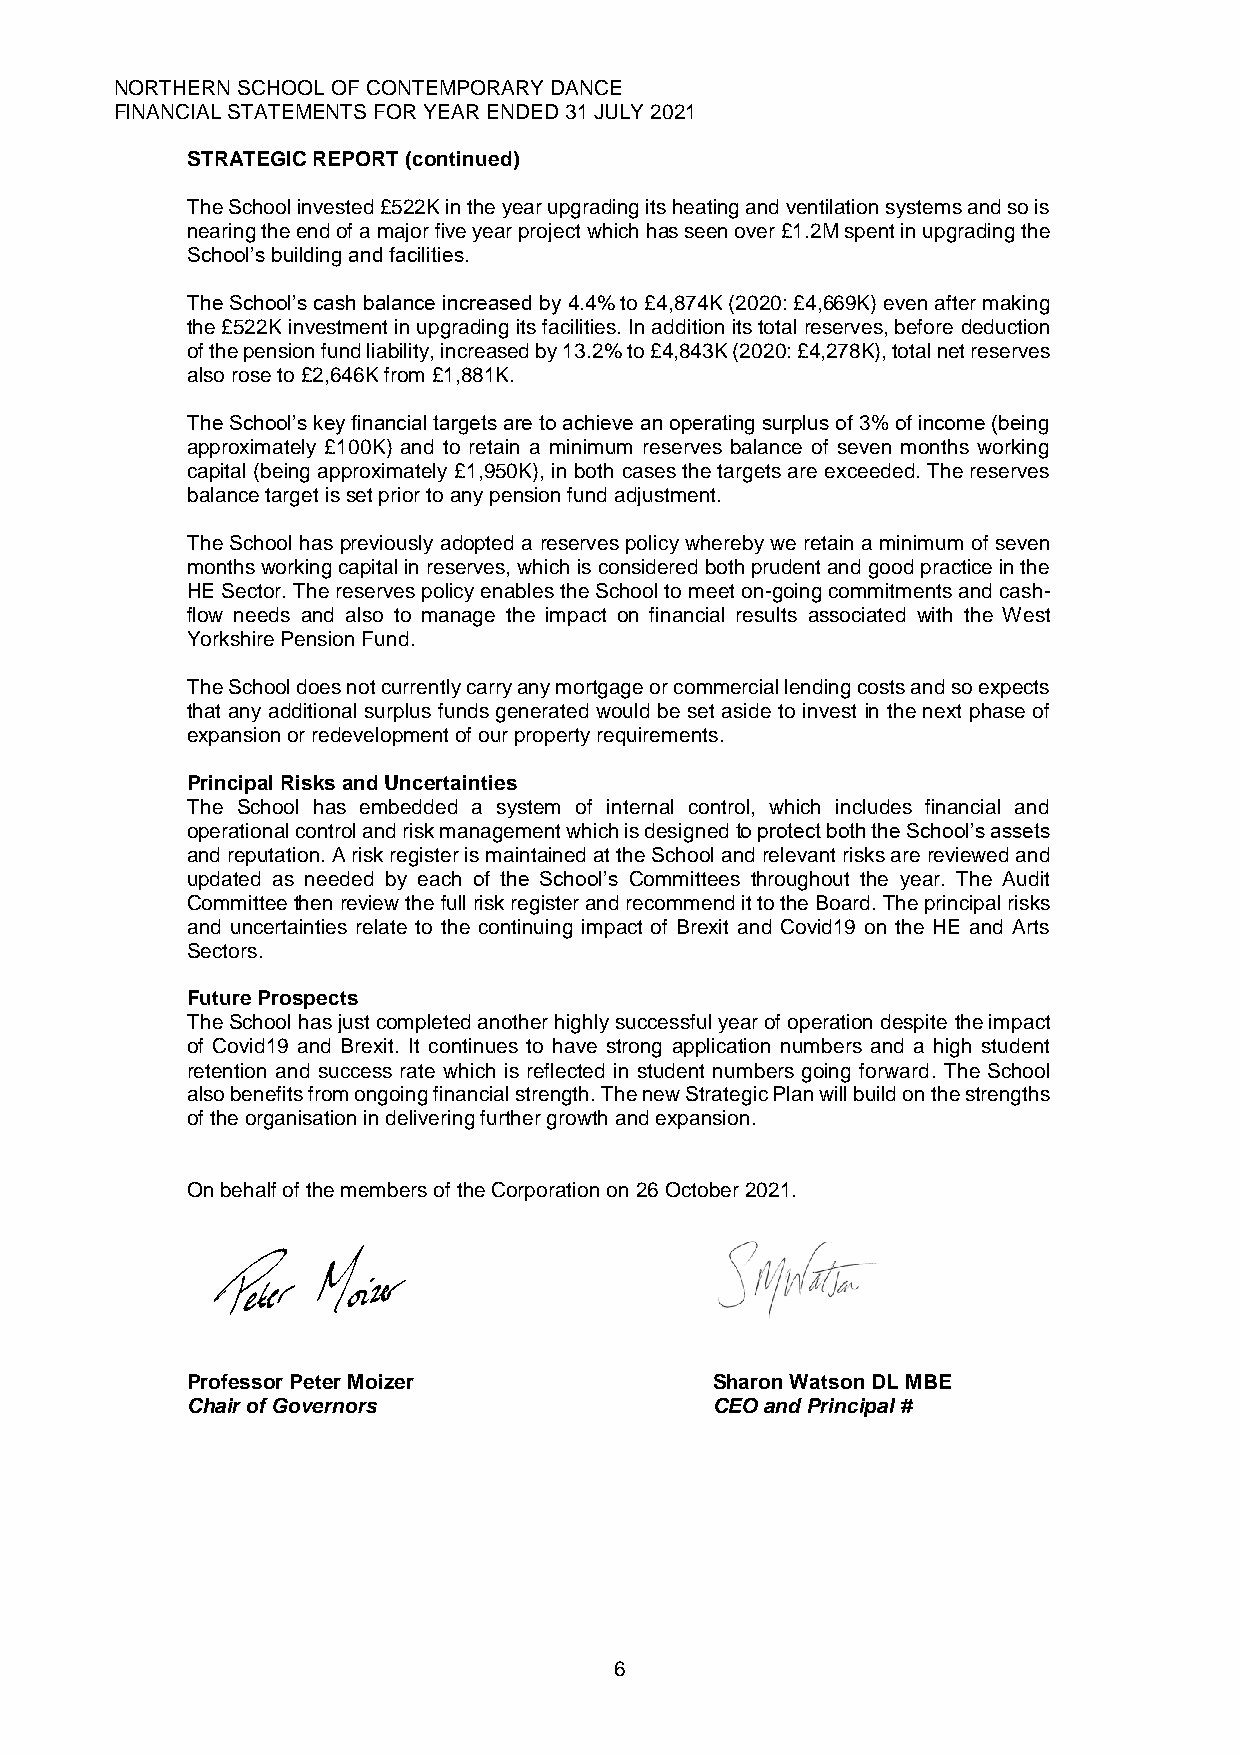
NORTHERN SCHOOL OF CONTEMPORARY DANCE
 FINANCIAL STATEMENTS FOR YEAR ENDED 31 JULY 2021
 STRATEGIC REPORT (continued)
 The School invested £522K in the year upgrading its heating and ventilation systems and so is
 nearing the end of a major five year project which has seen over £1.2M spent in upgrading the
 School’s building and facilities.
 The School’s cash balance increased by 4.4% to £4,874K (2020: £4,669K) even after making
 the £522K investment in upgrading its facilities. In addition its total reserves, before deduction
 of the pension fund liability, increased by 13.2% to £4,843K (2020: £4,278K), total net reserves
 also rose to £2,646K from £1,881K.
 The School’s key financial targets are to achieve an operating surplus of 3% of income (being
 approximately £100K) and to retain a minimum reserves balance of seven months working
 capital (being approximately £1,950K), in both cases the targets are exceeded. The reserves
 balance target is set prior to any pension fund adjustment.
 The School has previously adopted a reserves policy whereby we retain a minimum of seven
 months working capital in reserves, which is considered both prudent and good practice in the
 HE Sector. The reserves policy enables the School to meet on-going commitments and cash-
 flow needs and also to manage the impact on financial results associated with the West
 Yorkshire Pension Fund.
 The School does not currently carry any mortgage or commercial lending costs and so expects
 that any additional surplus funds generated would be set aside to invest in the next phase of
 expansion or redevelopment of our property requirements.
 Principal Risks and Uncertainties
 The School has embedded a system of internal control, which includes financial and
 operational control and risk management which is designed to protect both the School’s assets
 and reputation. A risk register is maintained at the School and relevant risks are reviewed and
 updated as needed by each of the School’s Committees throughout the year. The Audit
 Committee then review the full risk register and recommend it to the Board. The principal risks
 and uncertainties relate to the continuing impact of Brexit and Covid19 on the HE and Arts
 Sectors.
 Future Prospects
 The School has just completed another highly successful year of operation despite the impact
 of Covid19 and Brexit. It continues to have strong application numbers and a high student
 retention and success rate which is reflected in student numbers going forward. The School
 also benefits from ongoing financial strength. The new Strategic Plan will build on the strengths
 of the organisation in delivering further growth and expansion.
 On behalf of the members of the Corporation on 26 October 2021.
 Professor Peter Moizer             Sharon Watson DL MBE
 Chair of Governors                 CEO and Principal #
 6